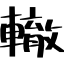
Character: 轍